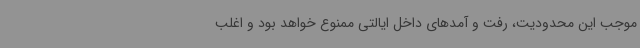
موجب این محدودیت، رفت و آمدهای داخل ایالتی ممنوع خواهد بود و اغلب